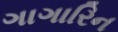
ગાગારિન